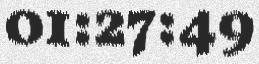
01:27:49